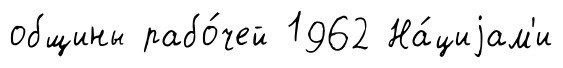
общины рабо́чей 1962 На́циjам'и